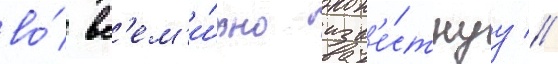
во́ вс'ем'и́рно изв'е́стнуу //